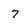
Character: 7